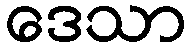
ဒေသာ